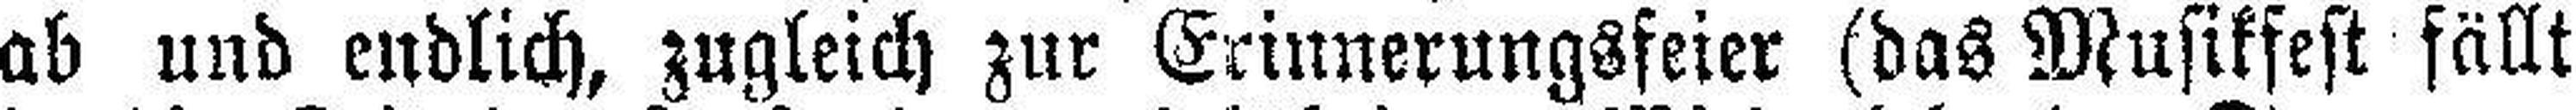
ab und endlich, zugleich zur Erinnerungsfeier (das Musikfest fällt